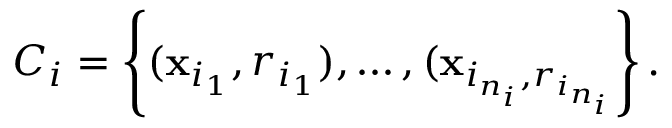
C _ { i } = \left\{ ( \mathbf { x } _ { i _ { 1 } } , r _ { i _ { 1 } } ) , \dots , ( \mathbf { x } _ { i _ { n _ { i } } , r _ { i _ { n _ { i } } } } \right\} .